Civil Veterinary Dept. Bombay admin report 1932-41 - 1932-1941
Year: 1932
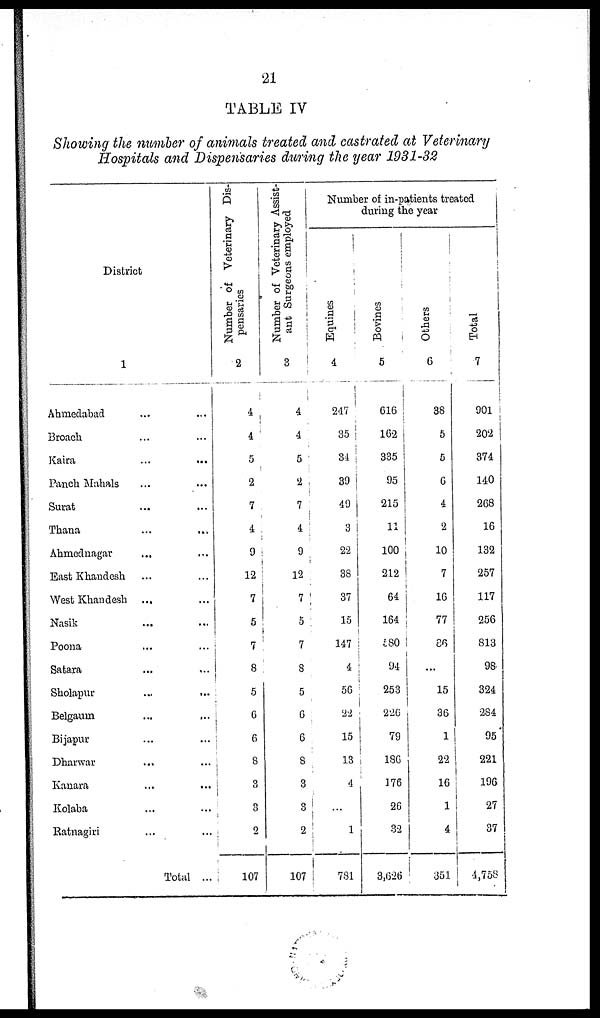
21
TABLE IV
Showing the number of animals treated and castrated at Veterinary
Hospitals and Dispensaries during the year 1931-32
District
1
Ahmedabad ... ...
Broach ... ...
Kaira ... ...
Panch Mahals ... ...
Surat ... ...
Thana ... ...
Ahmednagar ... ...
East Khandesh ... ...
West Khandesh ... ...
Nasik ... ...
Poona ... ...
Satara ... ...
Sholapur
...
...
Belgaum ... ...
Bijapur ... ...
Dharwar ... ...
Kanara ... ...
Kolaba ... ...
Ratnagiri ... ...
Total ...
Number of Veterinary Dis-
pensaries
2
4
4
5
2
7
4
9
12
7
5
7
8
5
6
6
8
3
3
2
107
Number of Veterinary Assist-
ant Surgeons employed
3
4
4
5
2
7
4
9
12
7
5
7
8
5
6
6
8
3
3
2
107
Number of in-patients treated
during the year
Equines
4
247
35
34
39
49
3
22
38
37
15
147
4
56
22
15
13
4
...
1
781
Bovines
5
616
162
335
95
215
11
100
212
64
164
580
94
253
226
79
186
176
26
32
3,626
Others
6
38
5
5
6
4
2
10
7
16
77
86
...
15
36
1
22
16
1
4
351
Total
7
901
202
374
140
268
16
132
257
117
256
813
98
324
284
95
221
196
27
37
4,758